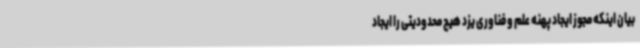
بیان اینکه مجوز ایجاد پهنه علم و فناوری یزد هیچ محدودیتی را ایجاد